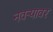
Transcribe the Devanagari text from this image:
नवऱ्यावर